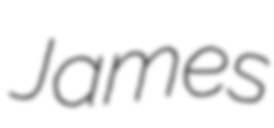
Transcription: James